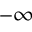
- \infty